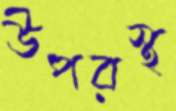
উপরস্থ